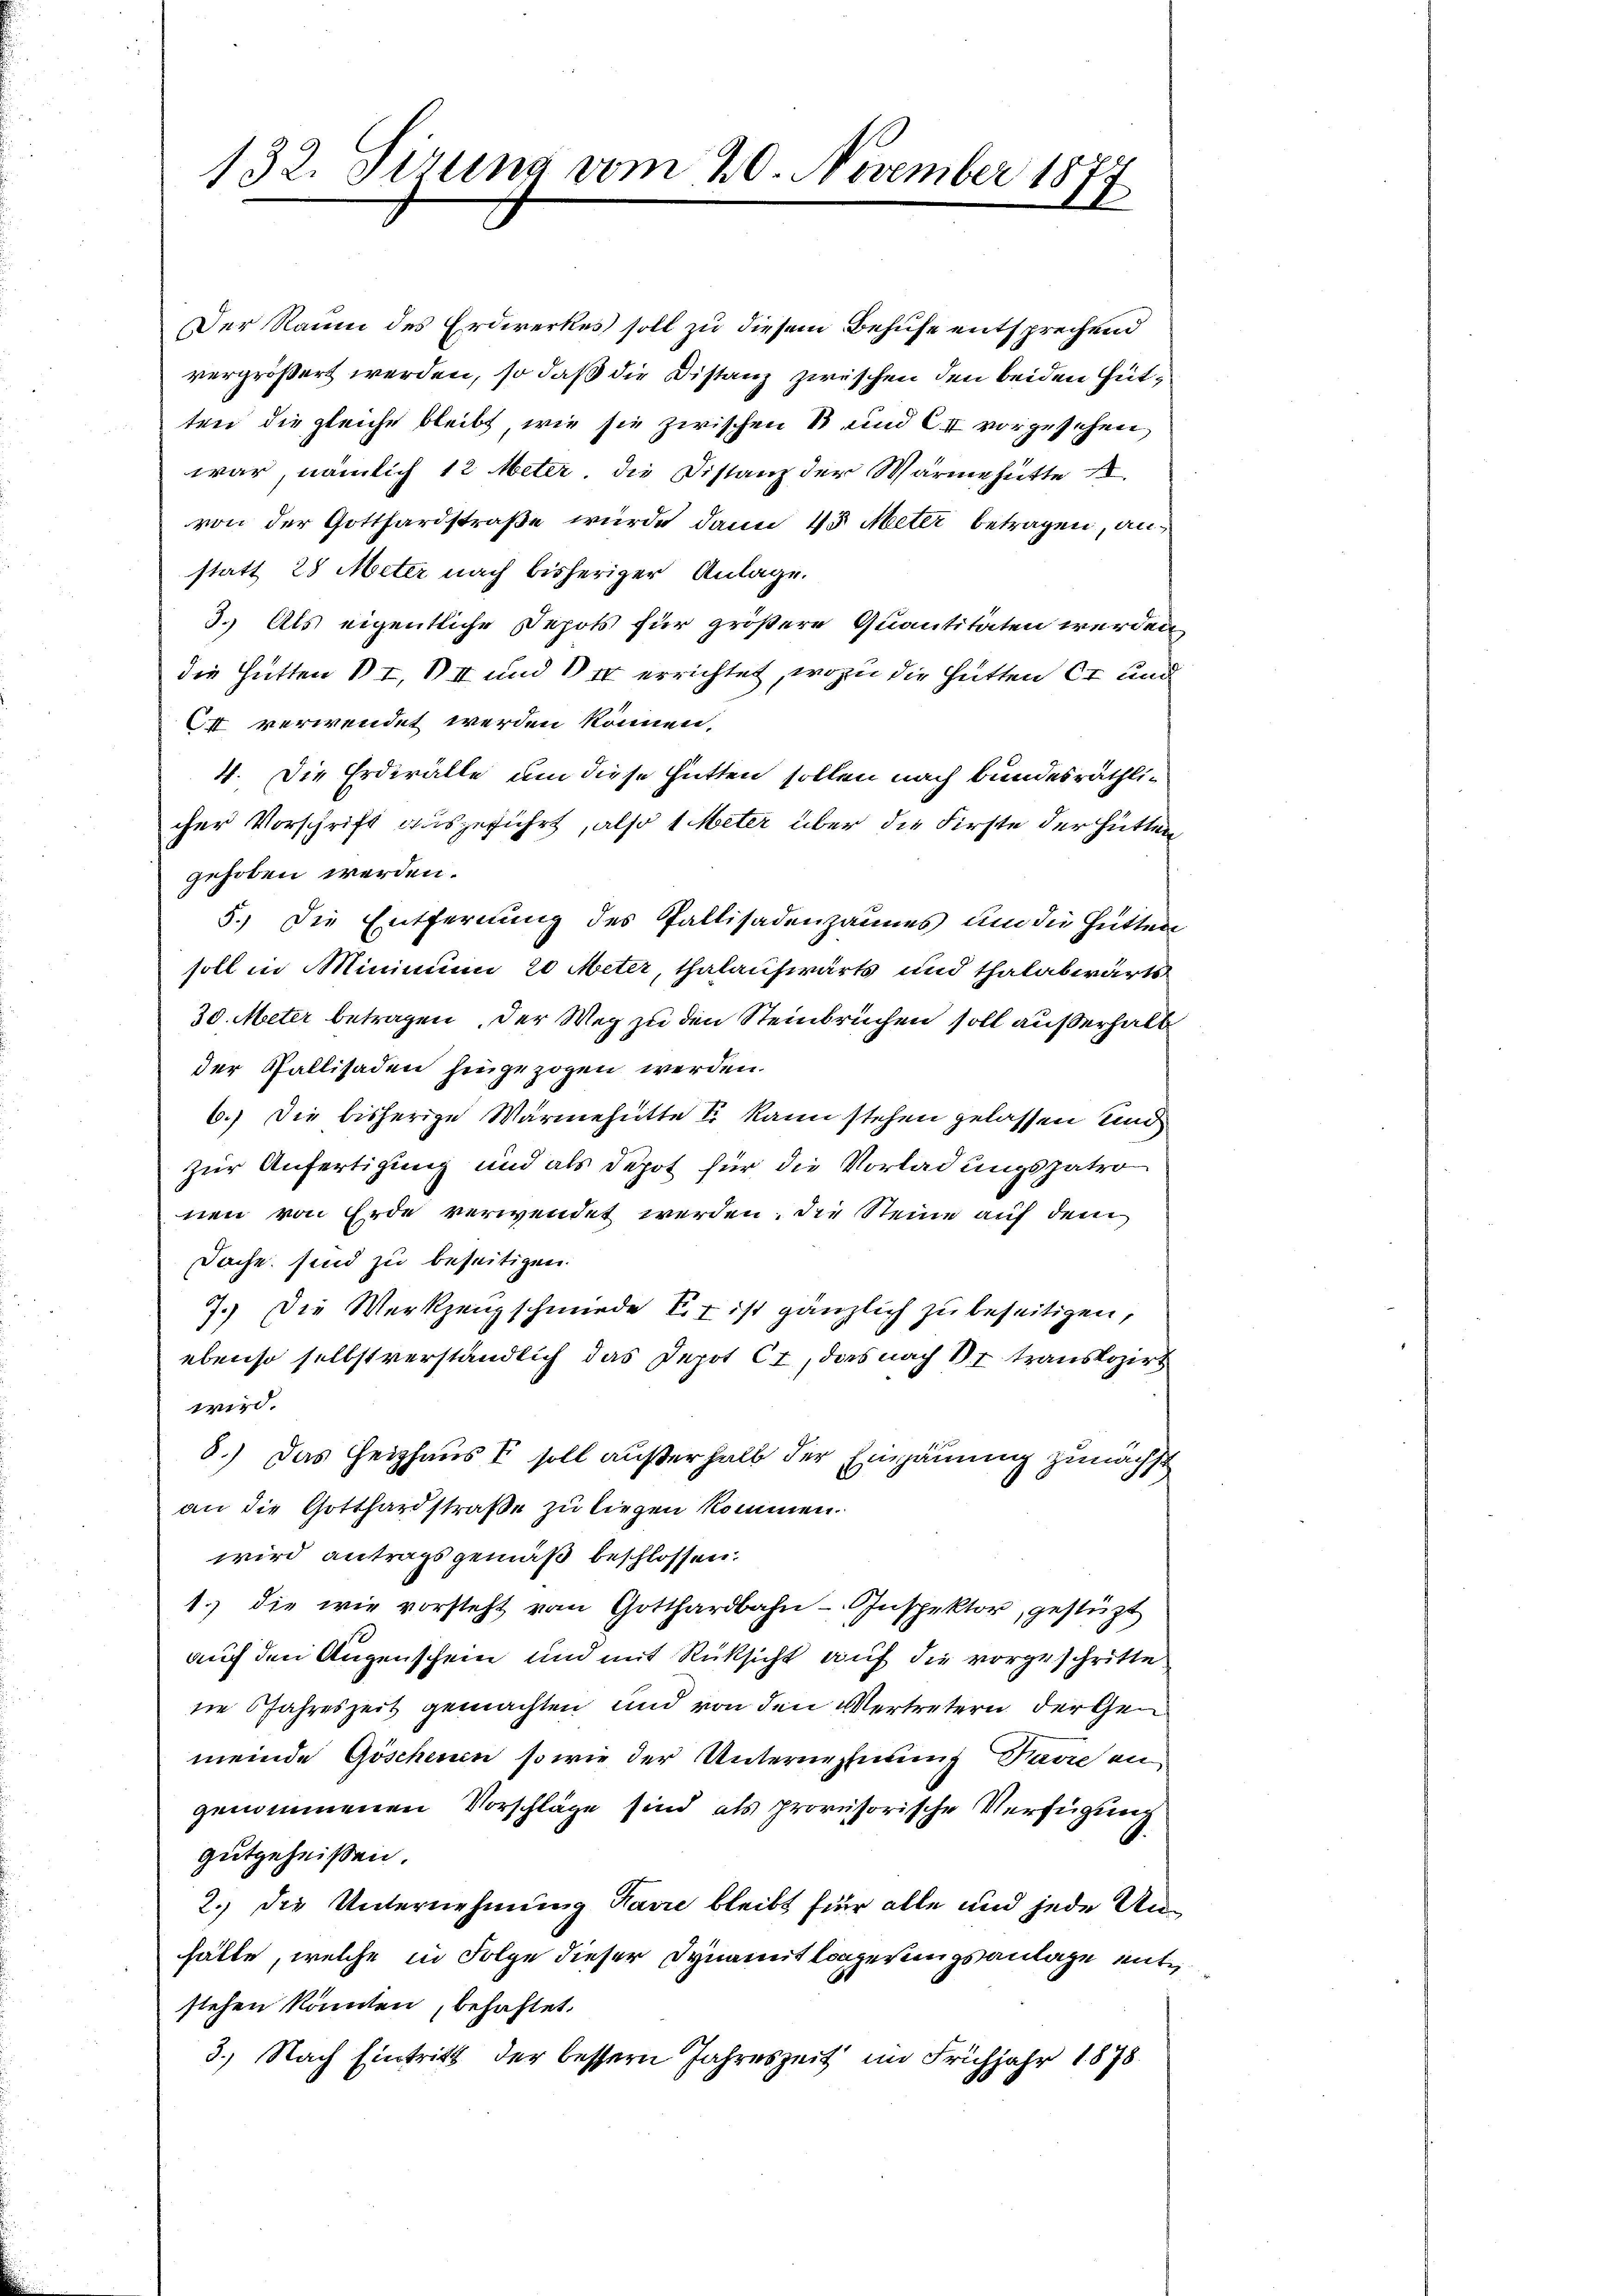
132. Fizung vom 20. November 1877

Der Raum des Erdwerkes soll zu diesem Behufe entsprechend
vergrößert werden, so daß die Distanz zwischen den beiden Gutten die gleiche bleibt, wie sie zwischen 1 und CI vorgesehen,
war, nämlich 12 Meter, die Distanz der Wärmehütte
von der Gotthardstraße wurde dann 45 Meter betragen, anstatt 28 Meter nach bisheriger Anlage.
3.) Als eigentliche Depots für größere Quantitäten werden,
die Hütten § 7, VII und 14 errichtet, wozu die Hütten er und
C verwendet werden können.
4. Die Erderälte um diese Hütten sollen nach Bundesräthlicher Vorschrift auszuführt, also 1 Meter über die Firste der Hütten
gehoben werden.
5.) Die Entfernung des Pallisadenzaumes um die Hütten
soll in Minimum 20 Meter, Thalauswärts und thalabwärts
30. Meter betragen. Der Weg zu den Steinbrüchen soll außerhalb
der Pallisaden hingezogen werden.
6.) Die bisherige Warmehritte Sr. kann stehen gelassen und
zur Anfertigung und als Depot für die Vorladungspatro
nen von Erde verwendet werden. Die Steine auf dem
Sache sind zu beseitigen.
7.) Die Werkzeugschmiede Er ist gänzlich zu beseitigen,
ebenso selbstverständlich das Depot Ct, das nach Er translozirt
wird.
8.) Das Heizhaus & soll außerhalb der Einzäunung zunächst
an die Gotthardstraße zu liegen kommen.
wird antragsgemäß beschlossen:
1. die wie vorsteht vom Gotthardbahn-Inspektor, gestüzt
auf den Augenschein und mit Rüksicht auf die vorgeschritte
ne Jahreszeit gemachten und von den Vertretern der Gemeinde Göschenen so wie der Unternehmung Bavieen
genommenen Vorschläge sind als provisorische Verfügung
gutgeheißen.
2.) Die Unternehmung Pavić bleibt für alle und jede Unhätte, welche in Folge dieser Dynamit längerungsanlage mit
stehen könnten, behaftet.
3.) Nach Eintritt der bessern Jahreszeit im Frühjahr 1878